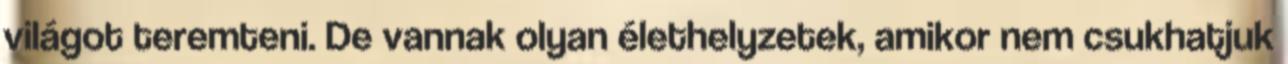
világot teremteni. De vannak olyan élethelyzetek, amikor nem csukhatjuk